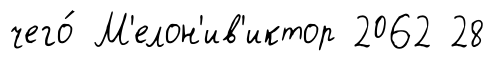
чего́ М'елон'ив'иктор 2062 28